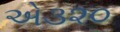
એ૩૨૦